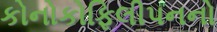
કોનોકોફિલીપનનો